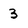
Character: 3